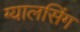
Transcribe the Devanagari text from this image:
ग्‍यालसिंग